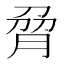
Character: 脋